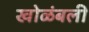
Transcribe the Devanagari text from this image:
खोळंबली